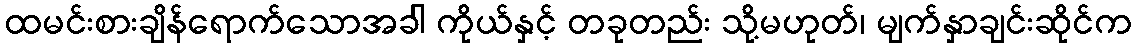
ထမင်းစားချိန်ရောက်သောအခါ ကိုယ်နှင့် တခုတည်း သို့မဟုတ်၊ မျက်နှာချင်းဆိုင်က